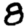
Digit: 8